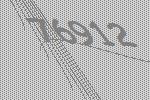
76912